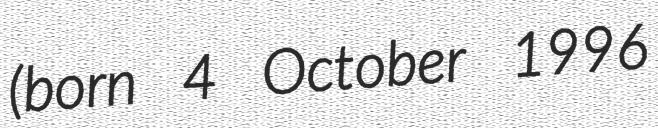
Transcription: (born 4 October 1996